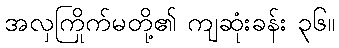
အလှကြိုက်မတို့၏ ကျဆုံးခန်း ၃၆။